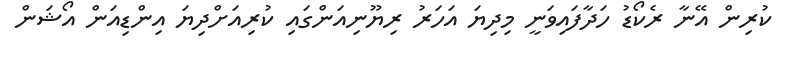
ކުރިން އޭނާ ރެކޯޑު ހަދާފައިވަނީ މިދިޔަ އަހަރު ރިޔޫނިއަންގައި ކުރިއަށްދިޔަ އިންޑިއަން އޯޝަން